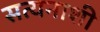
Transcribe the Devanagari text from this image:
सत्यनाशी